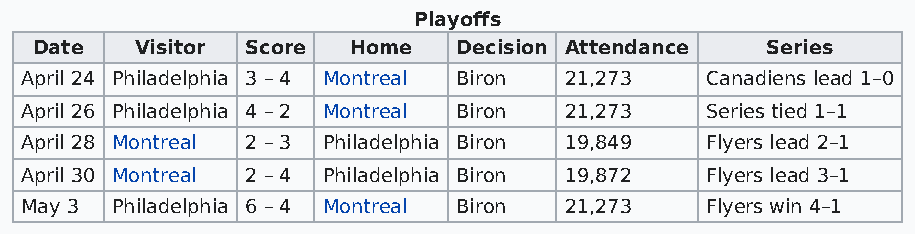
Playoffs
 Date   Visitor Score Home   Decision Attendance  Series
 April 24 Philadelphia 3 – 4 Montreal Biron 21,273 Canadiens lead 1–0
 April 26 Philadelphia 4 – 2 Montreal Biron 21,273 Series tied 1–1
 April 28 Montreal 2 – 3 Philadelphia Biron 19,849 Flyers lead 2–1
 April 30 Montreal 2 – 4 Philadelphia Biron 19,872 Flyers lead 3–1
 May 3 Philadelphia 6 – 4 Montreal Biron 21,273 Flyers win 4–1